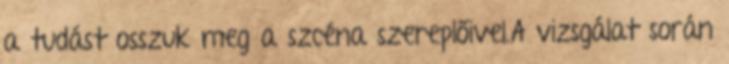
a tudást osszuk meg a szcéna szereplőivel.A vizsgálat során